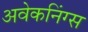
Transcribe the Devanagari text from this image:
अवेकनिंग्स